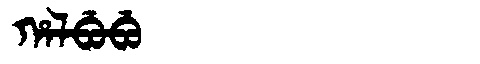
Manchu: ᡥᠠᠯᠪᡠᠪᡠ
Romanization: HALBUBU